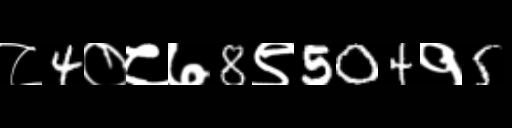
Text: ८4०८७8९504१5